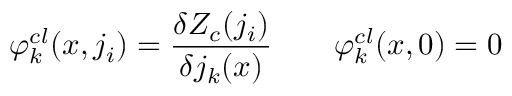
\varphi _ { k } ^ { c l } ( x , j _ { i } ) = { \frac { \delta Z _ { c } ( j _ { i } ) } { \delta j _ { k } ( x ) } } \qquad \varphi _ { k } ^ { c l } ( x , 0 ) = 0